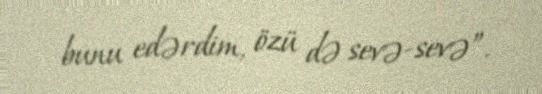
bunu edərdim, özü də sevə-sevə”.